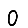
Digit: 0